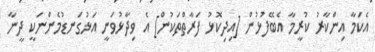
އެކަމާ އިންކާރު ކުރީމާ އެބޭފުޅުން [އިދިކޮޅު ފަރާތްތަކުން] އެ ވިދާޅުވަނީ އަޅުގަނޑުމެންނަކީ ދީނާ